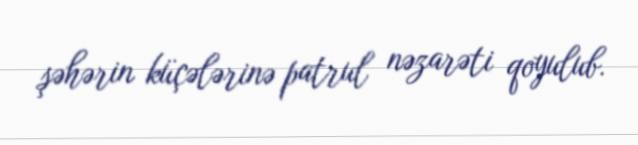
şəhərin küçələrinə patrul nəzarəti qoyulub.